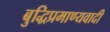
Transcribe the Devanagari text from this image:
बुद्धिप्रमाण्यवादी